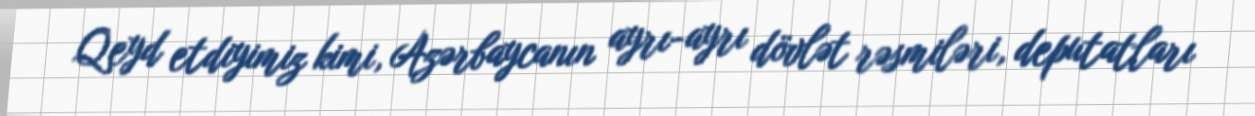
Qeyd etdiyimiz kimi, Azərbaycanın ayrı-ayrı dövlət rəsmiləri, deputatları